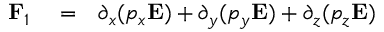
\begin{array} { r l r } { \mathbf F _ { 1 } } & { { } = } & { \partial _ { x } ( p _ { x } \mathbf E ) + \partial _ { y } ( p _ { y } \mathbf E ) + \partial _ { z } ( p _ { z } \mathbf E ) } \end{array}